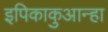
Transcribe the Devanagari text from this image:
इपिकाकुआन्हा